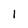
Character: 1